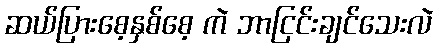
ဆယ်ပြားစေ့နှစ်စေ့ ကဲ ဘာငြင်းချင်သေးလဲ